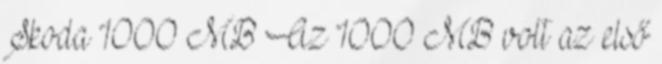
Skoda 1000 MB Az 1000 MB volt az első